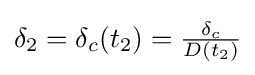
{\textstyle \delta _{2}=\delta _{c}(t_{2})={\delta _{c} \over D(t_{2})}}